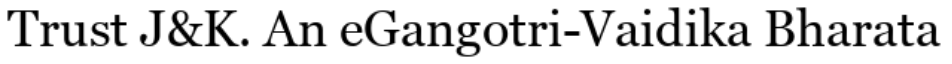
Trust J&K. An eGangotri-Vaidika Bharata